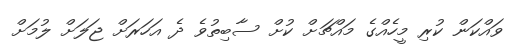
ވައްކަން ކުރި މީހެއްގެ މައްޗަށް ކުށް ސާބިތުވެ ދެ އަހަރަށް ޖަލަށް ލުމަށް